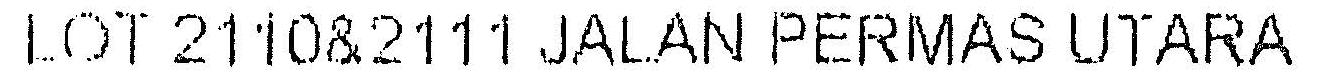
LOT 2110&2111 JALAN PERMAS UTARA